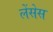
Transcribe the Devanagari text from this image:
लेंसेस